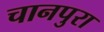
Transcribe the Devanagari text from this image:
चानपुरा